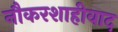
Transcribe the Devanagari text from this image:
नौकरशाहीवाद